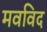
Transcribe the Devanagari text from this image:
मवविद